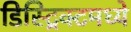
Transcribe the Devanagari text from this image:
डिस्ट्रिक्टमध्ये